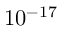
1 0 ^ { - 1 7 }